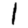
Digit: 1